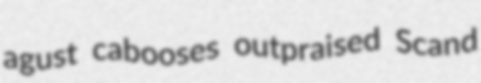
agust cabooses outpraised Scand